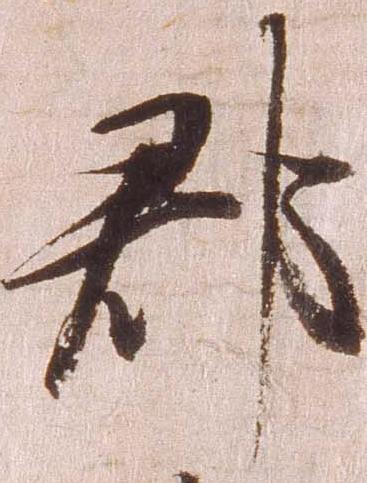
郡